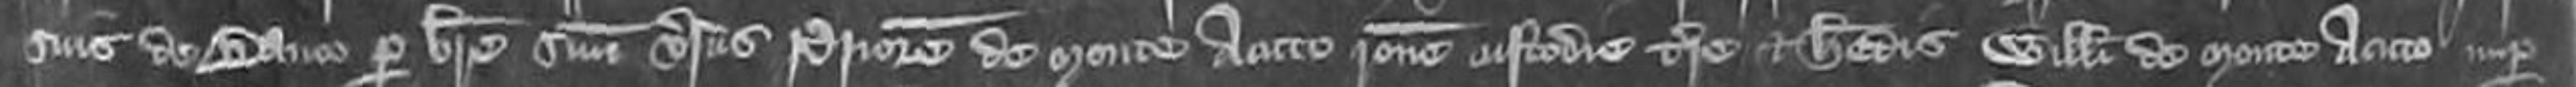
suis de Banco per breve suum versus Priorem de Monte Acuto ratione custodie terre et heredis Willelmi de Monte Acuto nuper